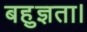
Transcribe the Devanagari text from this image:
बहुज्ञता।